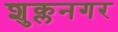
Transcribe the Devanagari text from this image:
शुक्लनगर